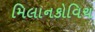
મિલાનકોવિચ